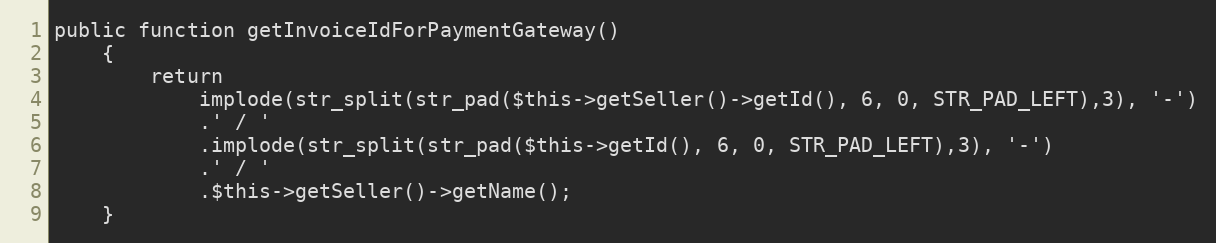
Language: PHP
public function getInvoiceIdForPaymentGateway()
    {
        return
            implode(str_split(str_pad($this->getSeller()->getId(), 6, 0, STR_PAD_LEFT),3), '-')
            .' / '
            .implode(str_split(str_pad($this->getId(), 6, 0, STR_PAD_LEFT),3), '-')
            .' / '
            .$this->getSeller()->getName();
    }